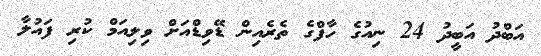
އަބްދު އަބީދު 24 ނިއުގެ ހާފްގެ ތެރެއިން ޑޭވިޑްއަށް ވިލިއަމް ކުރި ފައުލާ